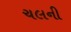
ચલની